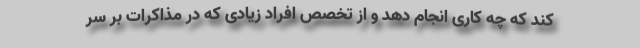
کند که چه کاری انجام دهد و از تخصص افراد زیادی که در مذاکرات بر سر